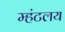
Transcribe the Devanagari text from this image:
म्हंटलय